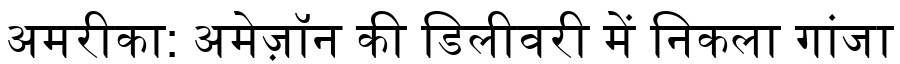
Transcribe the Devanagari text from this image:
अमरीका: अमेज़ॉन की डिलीवरी में निकला गांजा